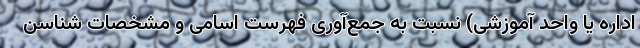
اداره یا واحد آموزشی) نسبت به جمع‌آوری فهرست اسامی و مشخصات شناسن